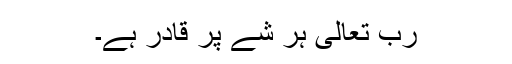
رب تعالیٰ ہر شے پر قادر ہے۔